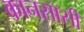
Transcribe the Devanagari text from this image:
कानसासी